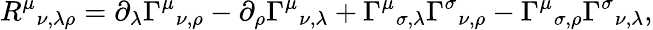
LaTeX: R^{\mu}{}_{\nu,\lambda\rho}=\partial_{\lambda}\Gamma^{\mu}{}_{\nu,\rho}-\partial_{\rho}\Gamma^{\mu}{}_{\nu,\lambda}+\Gamma^{\mu}{}_{\sigma,\lambda}\Gamma^{\sigma}{}_{\nu,\rho}-\Gamma^{\mu}{}_{\sigma,\rho}\Gamma^{\sigma}{}_{\nu,\lambda},